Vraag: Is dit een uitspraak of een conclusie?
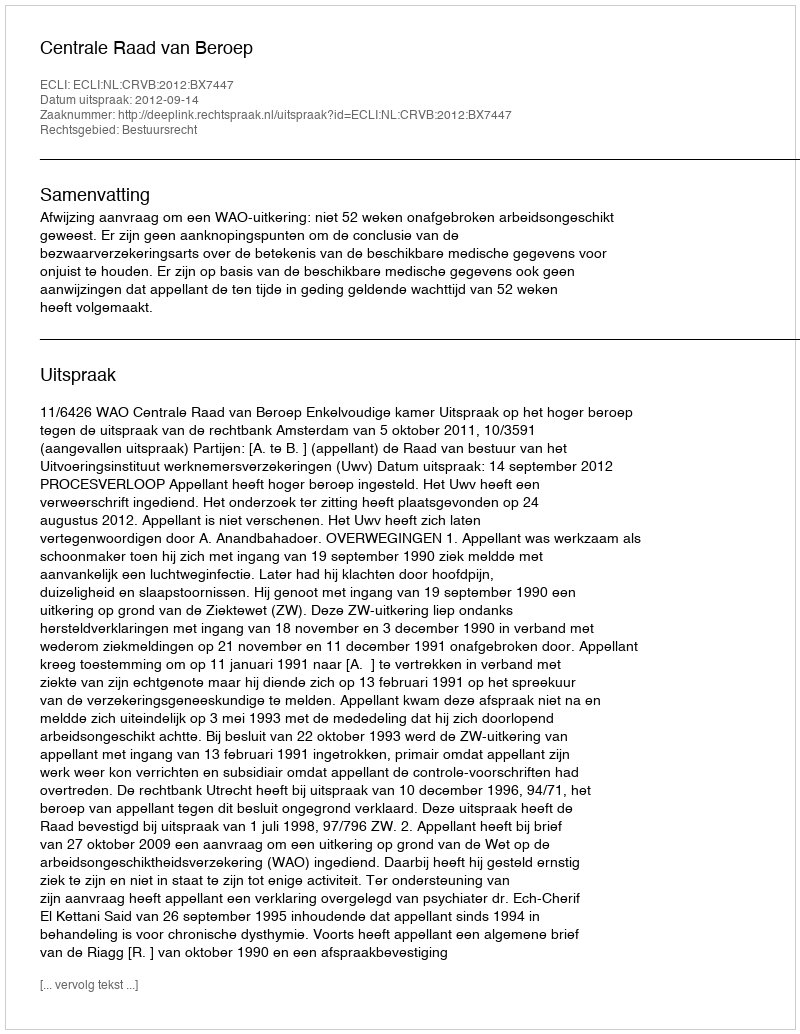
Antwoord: Uitspraak